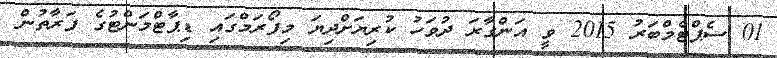
01 ސެޕްޓެމްބަރު 2015 ވީ އަންގާރަ ދުވަހު ކުރިޔަށްދިޔަ މިފޯރަމްގައި ޑިޕާޓްމަންޓުގެ ފަރާތުން